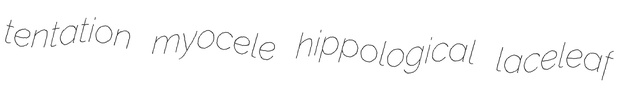
tentation myocele hippological laceleaf